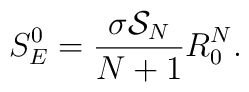
S_E^{0}={\sigma{\cal S}_N\over N+1}R_{0}^N.